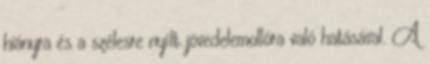
hiányra és a szélesre nyílt jövedelemollóra való hatásával. A